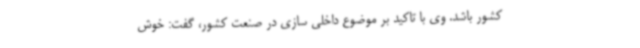
کشور باشد. وی با تاکید بر موضوع داخلی سازی در صنعت کشور، گفت: خوش